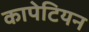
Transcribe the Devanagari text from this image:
कापेटियन